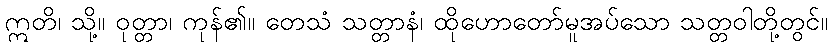
ဣတိ၊ သို့။ ဝုတ္တာ၊ ကုန်၏။ တေသံ သတ္တာနံ၊ ထိုဟောတော်မူအပ်သော သတ္တဝါတို့တွင်။